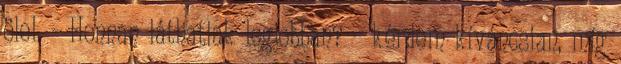
ölel. - Honnan láthatlak legjobban? - kérdem kíváncsian, míg